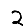
Digit: 2